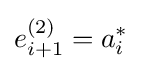
e_{i+1}^{(2)}=a_{i}^{*}